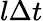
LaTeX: l\Delta t